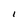
Character: I